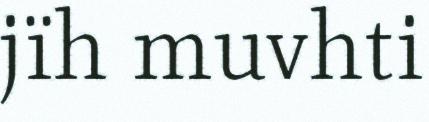
jïh muvhti